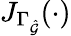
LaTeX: J_{\Gamma_{\hat{\mathcal{G}}}}(\cdot)